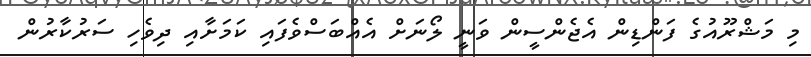
މި މަޝްރޫއުގެ ފަންޑިން އެޖެންސީން ވަނީ ލޯނަށް އެއްބަސްވެފައި ކަމަށާއި ދިވެހި ސަރުކާރުން